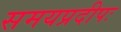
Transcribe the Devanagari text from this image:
समयप्रदीपः